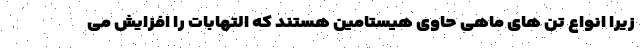
زیرا انواع تن های ماهی حاوی هیستامین هستند که التهابات را افزایش می